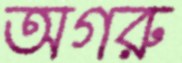
অগরু